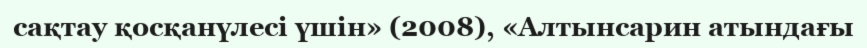
сақтау қосқанүлесі үшін» (2008), «Алтынсарин атындағы